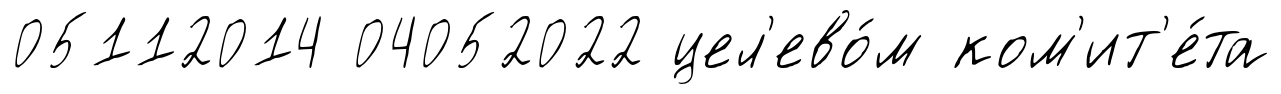
05112014 04052022 цел'ево́м ком'ит'е́та